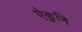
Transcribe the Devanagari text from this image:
ऐकुनि